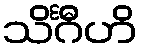
သိင်္ဂီဟိ